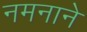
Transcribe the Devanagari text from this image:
नमनाने